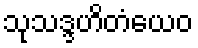
သုသဒ္ဒဟိတံယေဝ